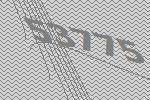
53775